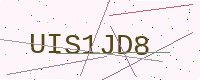
Text: UIS1JD8